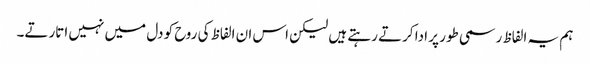
ہم یہ الفاظ رسمی طور پر ادا کرتے رہتے ہیں لیکن اس ان الفاظ کی روح کو دل میں نہیں اتارتے۔